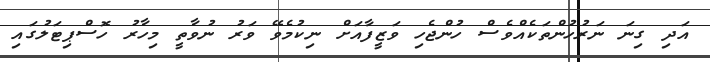
އަދި ގިނަ ނަރުހުންތަކެއްވެސް ހުންޖެހި ވަޒީފާއަށް ނިކުމެވޭ ވަރު ނުވާތީ މިހާރު ހޮސްޕިޓަލުގައި